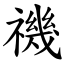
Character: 禨